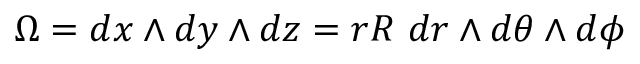
\Omega = d x \wedge d y \wedge d z = r R \ d r \wedge d \theta \wedge d \phi